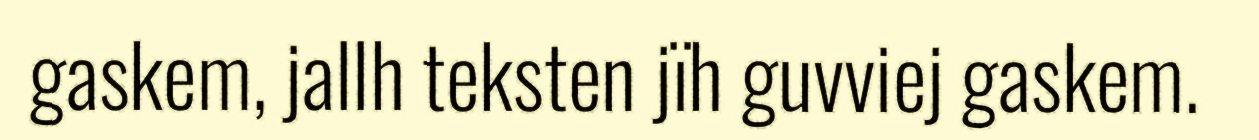
gaskem, jallh teksten jïh guvviej gaskem.